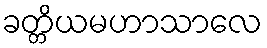
ခတ္တိယမဟာသာလေ